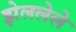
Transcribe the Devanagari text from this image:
झेललेले